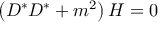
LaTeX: \left( D ^ { * } D ^ { * } + m ^ { 2 } \right) { \cal H } = 0